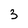
Character: 3